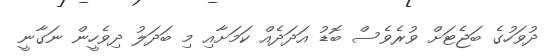
ދުވަހުގެ ބަޖެޓަށް ވުރެވެސް ބޮޑު އަދަދެއް ކަމަށާއި މި ބަދަލު ދިވެހީން ނަގާނީ